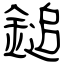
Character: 鎚